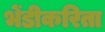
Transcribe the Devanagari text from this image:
भेंडीकरिता